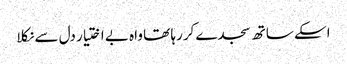
اسکے ساتھ سجدے کررہا تھا واہ بے اختیار دل سے نکلا